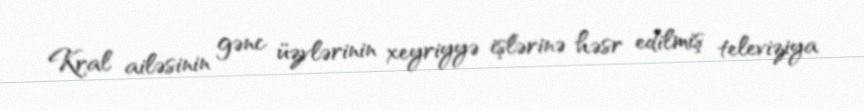
Kral ailəsinin gənc üzvlərinin xeyriyyə işlərinə həsr edilmiş televiziya